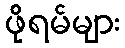
ဖိုရမ်များ